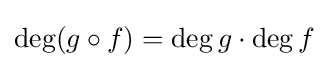
\deg(g\circ f)=\deg g\cdot \deg f